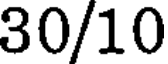
30/10